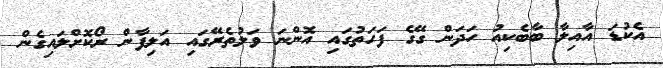
އެކުޑަ އާއިލާ ބާބެކިއު ހަދަން ގޭގެ ފަހަތުގައި އޮންނަ ވަލުތެރޭގައި އަލިފާން ރޯކޮށްލައިގެން